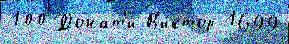
100 Донат'и В'и́ктор 1699